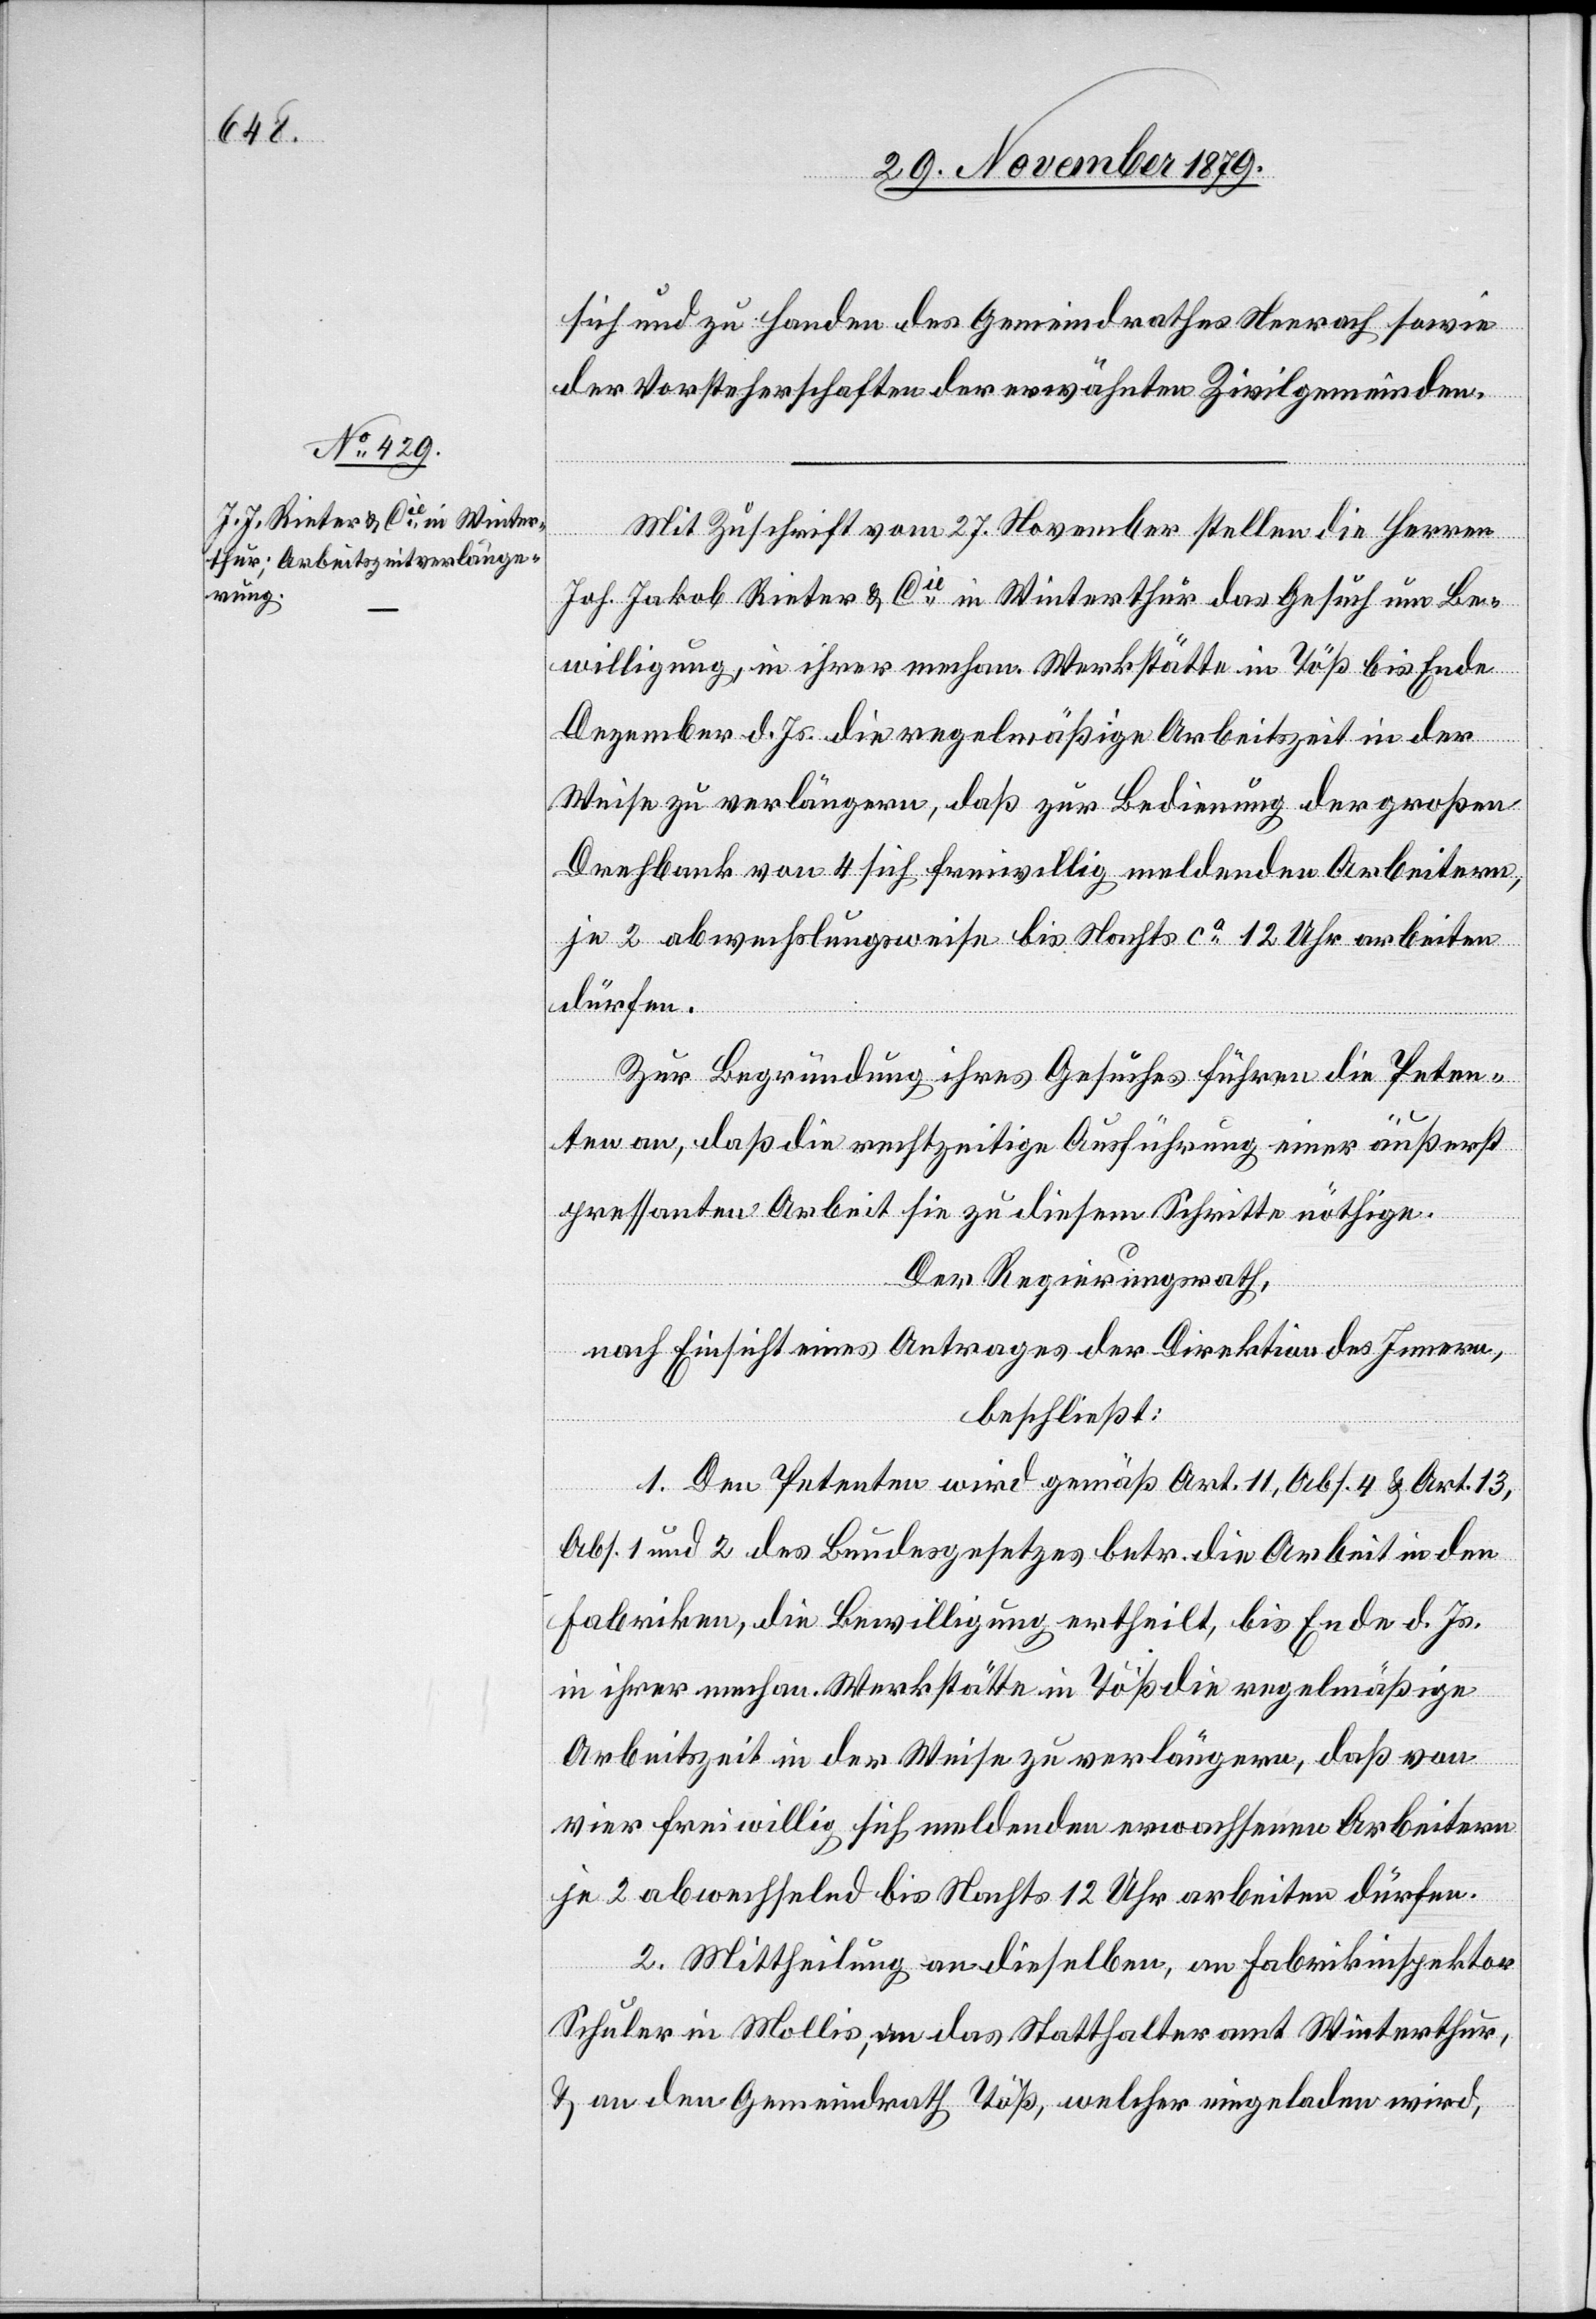
sich und zu Handen des Gemeindrathes Neerach sowie
der Vorsteherschaften der erwähnten Zivilgemeinden.
Mit Zuschrift vom 27. November stellen die Herren
Joh. Jakob Rieter & Cie in Winterthur das Gesuch um Be¬
willigung, in ihrer mechan. Werkstätte in Töß bis Ende
Dezember d. Js. die regelmäßige Arbeitszeit in der
Weise zu verlängern, daß zur Bedienung der großen
Drehbank von 4 sich freiwillig meldenden Arbeitern,
je 2 abwechslungsweise bis Nachts ca 2 Uhr arbeiten
dürfen.
Zur Begründung ihres Gesuches führen die Peten¬
ten an, daß die rechtzeitige Ausführung einer äußerst
pressanten Arbeit sie zu diesem Schritte nöthige.
Der Regierungsrath,
nach Einsicht eines Antrages der Direktion des Innern,
beschließt:
1. Den Petenten wird gemäß Art. 11, Abs. 4 & Art. 13,
Abs. 1 und 2 des Bundesgesetzes betr. die Arbeit in den
Fabriken, die Bewilligung ertheilt, bis Ende d. Js.
in ihrer mechan. Werkstätte in Töß die regelmäßige
Arbeitszeit in der Weise zu verlängern, daß von
vier freiwillig sich meldenden erwachsenen Arbeitern
je 2 abwechselnd bis Nachts 12 Uhr arbeiten dürfen.
2. Mittheilung an dieselben, an Fabrikinspektor
Schuler in Mollis, an das Statthalteramt Winterthur,
& an den Gemeindrath Töß, welcher eingeladen wird,